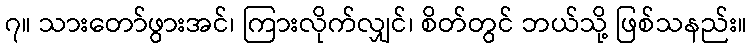
၇။ သားတော်ဖွားအင်၊ ကြားလိုက်လျှင်၊ စိတ်တွင် ဘယ်သို့ ဖြစ်သနည်း။